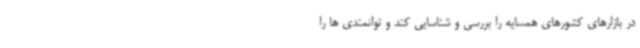
در بازارهای کشورهای همسایه را بررسی و شناسایی کند و توانمندی ها را